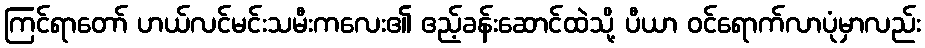
ကြင်ရာတော် ဟယ်လင်မင်းသမီးကလေး၏ ဧည့်ခန်းဆောင်ထဲသို့ ပီယာ ဝင်ရောက်လာပုံမှာလည်း